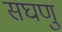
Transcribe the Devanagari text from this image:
सघणु